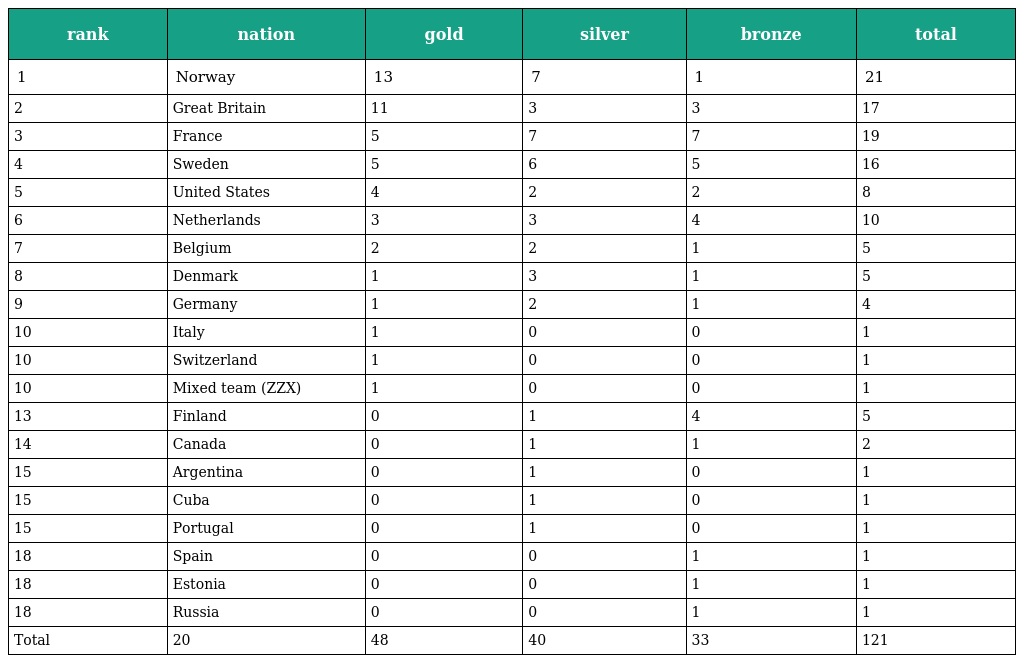
| rank | nation | gold | silver | bronze | total |
 | --- | --- | --- | --- | --- | --- |
 | 1 | Norway | 13 | 7 | 1 | 21 |
 | 2 | Great Britain | 11 | 3 | 3 | 17 |
 | 3 | France | 5 | 7 | 7 | 19 |
 | 4 | Sweden | 5 | 6 | 5 | 16 |
 | 5 | United States | 4 | 2 | 2 | 8 |
 | 6 | Netherlands | 3 | 3 | 4 | 10 |
 | 7 | Belgium | 2 | 2 | 1 | 5 |
 | 8 | Denmark | 1 | 3 | 1 | 5 |
 | 9 | Germany | 1 | 2 | 1 | 4 |
 | 10 | Italy | 1 | 0 | 0 | 1 |
 | 10 | Switzerland | 1 | 0 | 0 | 1 |
 | 10 | Mixed team (ZZX) | 1 | 0 | 0 | 1 |
 | 13 | Finland | 0 | 1 | 4 | 5 |
 | 14 | Canada | 0 | 1 | 1 | 2 |
 | 15 | Argentina | 0 | 1 | 0 | 1 |
 | 15 | Cuba | 0 | 1 | 0 | 1 |
 | 15 | Portugal | 0 | 1 | 0 | 1 |
 | 18 | Spain | 0 | 0 | 1 | 1 |
 | 18 | Estonia | 0 | 0 | 1 | 1 |
 | 18 | Russia | 0 | 0 | 1 | 1 |
 | Total | 20 | 48 | 40 | 33 | 121 |